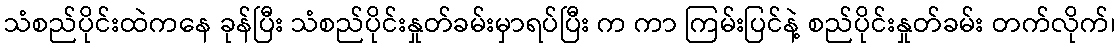
သံစည်ပိုင်းထဲကနေ ခုန်ပြီး သံစည်ပိုင်းနှုတ်ခမ်းမှာရပ်ပြီး က ကာ ကြမ်းပြင်နဲ့ စည်ပိုင်းနှုတ်ခမ်း တက်လိုက်၊